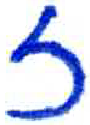
אות: ז